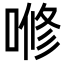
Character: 𭉫